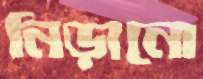
নিড়ানো